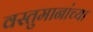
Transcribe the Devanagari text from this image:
वस्तुमानांच्या